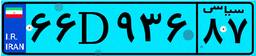
۵۴D۲۷۵۸۸